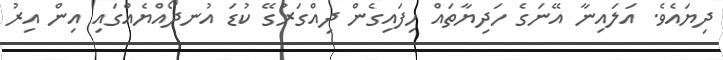
ދިޔައެވެ. އަލައިނާ އޭނަގެ ހަދިޔާތައް ހިފައިގެން ދިއްގަރުގޭ ކުޑަ އުނދޯއްޔެއްގައި އިން އިރު